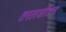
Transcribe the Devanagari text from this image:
तरलशीतन